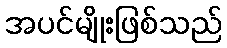
အပင်မျိုးဖြစ်သည်